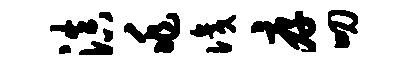
滇兆识厚叨